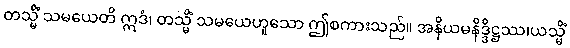
တသ္မိံ သမယေတိ ဣဒံ၊ တသ္မိံ သမယေဟူသော ဤစကားသည်။ အနိယမနိဒ္ဒိဋ္ဌဿ၊ယသ္မိံ